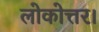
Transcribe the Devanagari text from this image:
लोकोत्तर।